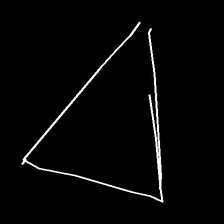
Glyph: convergence